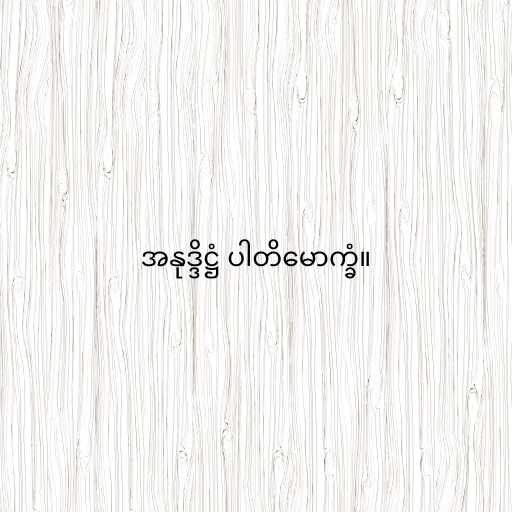
အနုဒ္ဒိဋ္ဌံ ပါတိမောက္ခံ။